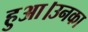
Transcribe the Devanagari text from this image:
हुआ।उनका